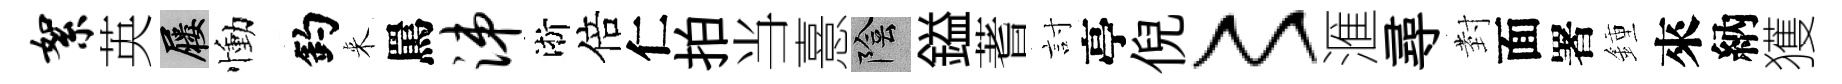
絮英屨慟釣来罵涕淅倍仁拍当憙陰鎰蓍討亭倪〻滙尋𭔹面署鍾來納獲